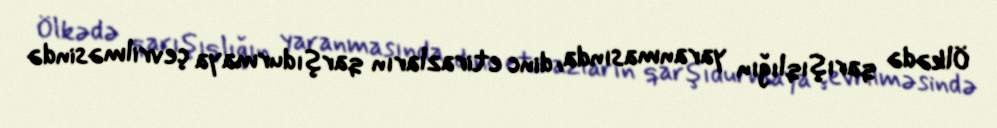
Ölkədə qarışıqlığın yaranmasında, dinc etirazların qarşıdurmaya çevrilməsində